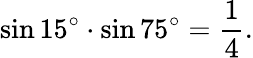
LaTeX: \sin 15^{\circ}\cdot\sin 75^{\circ}={\frac{1}{4}}.